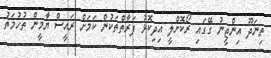
ތިނަދޫ އިންޖީނު ގޭގައި ރޯކޮށްލީ އިދިކޮޅު ފަރާތްތަކުން ކަމަށް ރައީސް ޔާމީން ތުހުމަތު